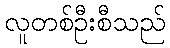
လူတစ်ဦးစီသည်